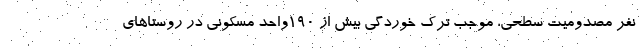
نفر مصدومیت سطحی، موجب ترک خوردگی بیش از ۱۹۰واحد مسکونی در روستاهای